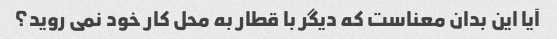
آیا این بدان معناست که دیگر با قطار به محل کار خود نمی روید؟